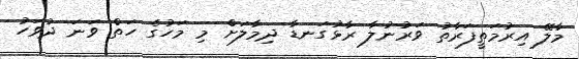
މާލޭ އިރުމަތީފަރާތު ވަރުނުލާ ރާޅުގަނޑާ ދިމާލަށް މި މަހުގެ ހަތް ވަނަ ދުވަހު